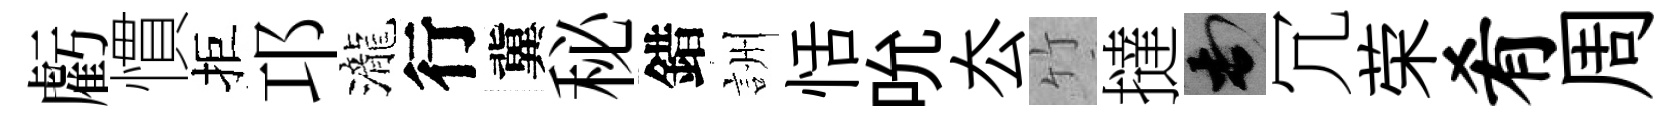
虧慣拒邛瀧行冀秘錯詶恬吮厺竹撻頓冗荣肴周